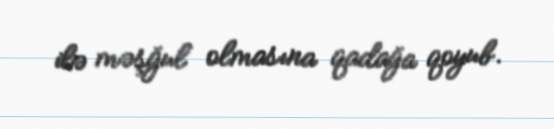
ilə məşğul olmasına qadağa qoyub.